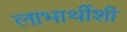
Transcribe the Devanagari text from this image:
लाभार्थीशी